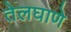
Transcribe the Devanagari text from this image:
तेलघाणे